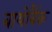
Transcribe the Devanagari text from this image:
बायोबैंक